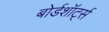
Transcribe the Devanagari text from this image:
बोर्डशॉर्ट्स